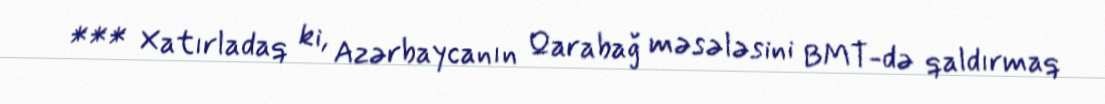
*** Xatırladaq ki, Azərbaycanın Qarabağ məsələsini BMT-də qaldırmaq